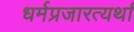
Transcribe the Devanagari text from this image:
धर्मप्रजारत्यर्थां